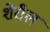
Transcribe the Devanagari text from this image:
शेरील